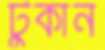
টুকান